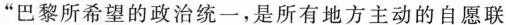
”巴黎所希望的政治统一，是所有地方主动的自愿联